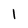
Character: I